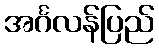
အင်္ဂလန်ပြည်